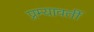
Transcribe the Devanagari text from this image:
प्रम्यावर्ती